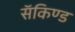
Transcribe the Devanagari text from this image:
सॅकिण्ड